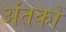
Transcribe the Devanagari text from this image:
अंतकों